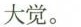
大觉。